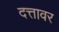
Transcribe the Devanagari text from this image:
दत्तावर